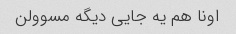
اونا هم یه جایی دیگه مسوولن